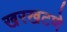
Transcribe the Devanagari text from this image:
खरखटणे